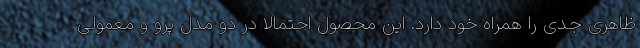
ظاهری جدی را همراه خود دارد. این محصول احتمالا در دو مدل پرو و معمولی